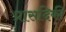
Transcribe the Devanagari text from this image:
प्रासदिकी